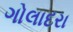
ગોલાદરા